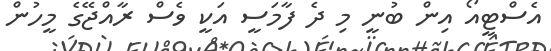
އެސްޓީއޯ އިން ބުނީ މި ދެ ފާމަސީ އަކީ ވެސް ރާއްޖޭގެ މީހުން